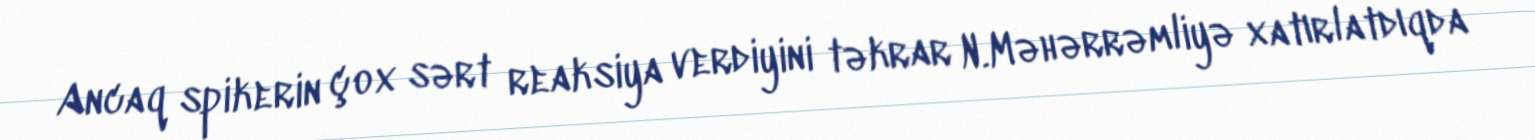
Ancaq spikerin çox sərt reaksiya verdiyini təkrar N.Məhərrəmliyə xatırlatdıqda